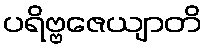
ပရိဗ္ဗဇေယျာတိ